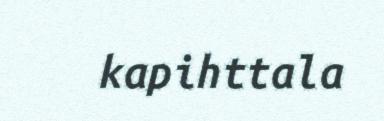
kapihttala